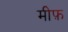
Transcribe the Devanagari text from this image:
मीफ़